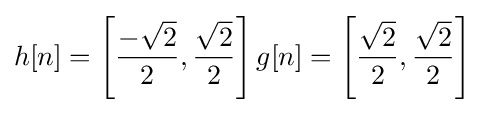
h[n]=\left[{\frac {-{\sqrt {2}}}{2}},{\frac {\sqrt {2}}{2}}\right]g[n]=\left[{\frac {\sqrt {2}}{2}},{\frac {\sqrt {2}}{2}}\right]